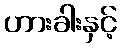
ဟားခါးနှင့်